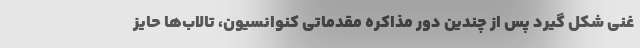
غنی شکل گیرد پس از چندین دور مذاکره مقدماتی کنوانسیون، تالاب‌ها حایز